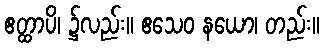
ဧတ္ထာပိ၊ ၌လည်း။ ဧသေဝ နယော၊ တည်း။